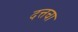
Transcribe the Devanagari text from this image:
दत्तचा